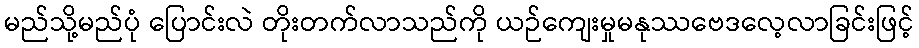
မည်သို့မည်ပုံ ပြောင်းလဲ တိုးတက်လာသည်ကို ယဉ်ကျေးမှုမနုဿဗေဒလေ့လာခြင်းဖြင့်